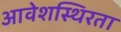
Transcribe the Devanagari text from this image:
आवेशस्थिरता